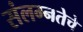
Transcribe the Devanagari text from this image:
संलग्नतेचे